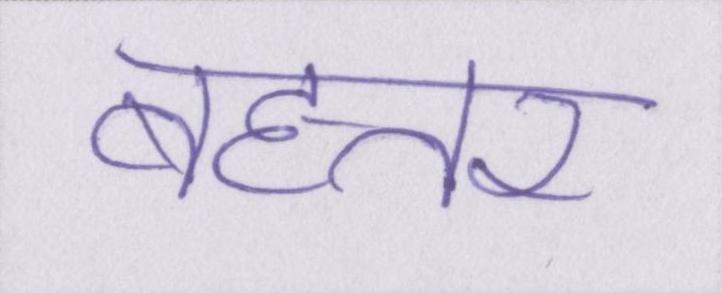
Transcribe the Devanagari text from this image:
बहत्तर